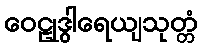
ဝေဠုဒွါရေယျသုတ္တံ